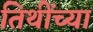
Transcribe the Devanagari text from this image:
तिथींच्या